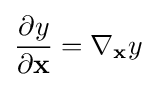
{\frac {\partial y}{\partial \mathbf {x} }}=\nabla _{\mathbf {x} }y